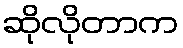
ဆိုလိုတာက